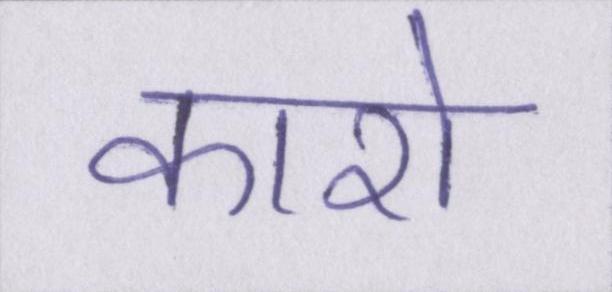
कारो